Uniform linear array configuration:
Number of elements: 12
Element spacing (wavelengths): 1
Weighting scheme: hann
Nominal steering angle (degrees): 15
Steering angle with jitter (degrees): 15.955
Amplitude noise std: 0.05
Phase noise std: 0.05

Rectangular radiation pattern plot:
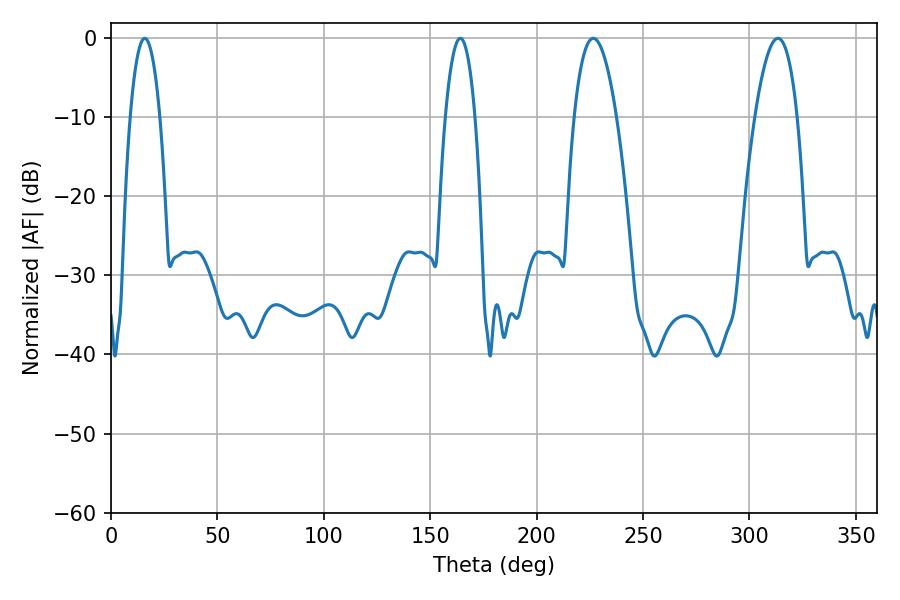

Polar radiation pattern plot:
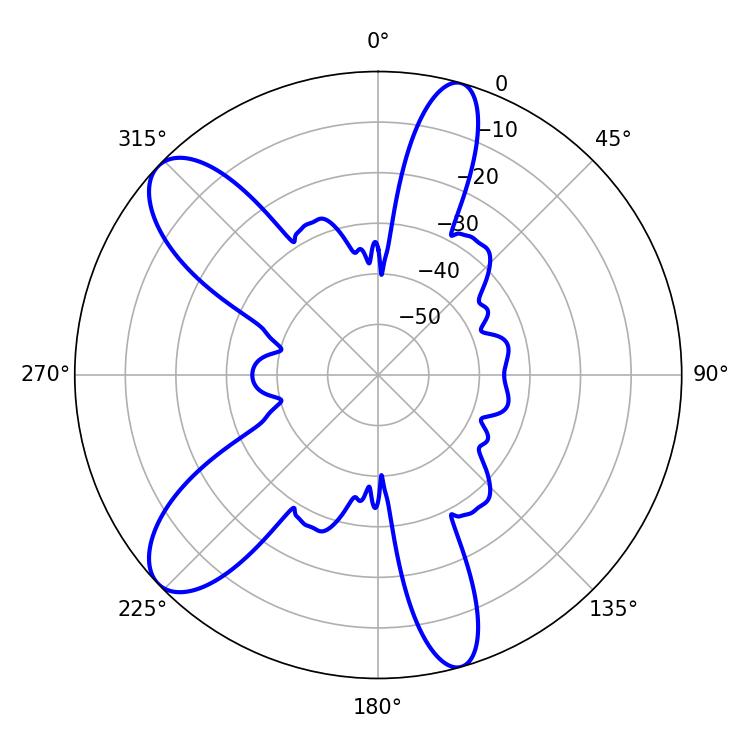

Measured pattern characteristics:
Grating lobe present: TRUE
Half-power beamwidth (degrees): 10.98
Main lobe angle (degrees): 226.62